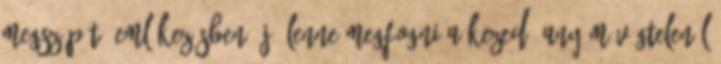
megszépítő emlékezésben? Jó lenne megfogni a kezed, Anyám Végtelenül